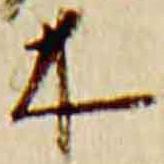
木